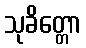
သုခိတ္တော